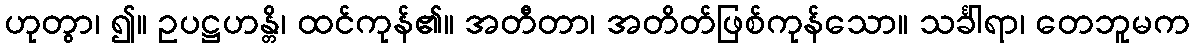
ဟုတွာ၊ ၍။ ဥပဋ္ဌဟန္တိ၊ ထင်ကုန်၏။ အတီတာ၊ အတိတ်ဖြစ်ကုန်သော။ သင်္ခါရာ၊ တေဘူမက